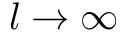
l \rightarrow \infty